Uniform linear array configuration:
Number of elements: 48
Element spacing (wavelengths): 1
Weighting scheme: uniform
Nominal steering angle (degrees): -60
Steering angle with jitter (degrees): -59.494
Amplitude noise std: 0.05
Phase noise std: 0.05

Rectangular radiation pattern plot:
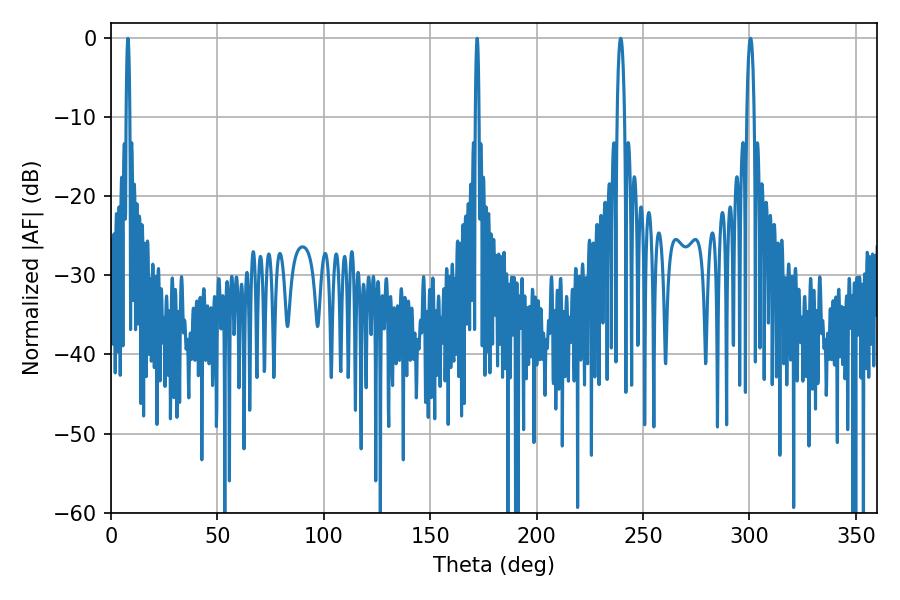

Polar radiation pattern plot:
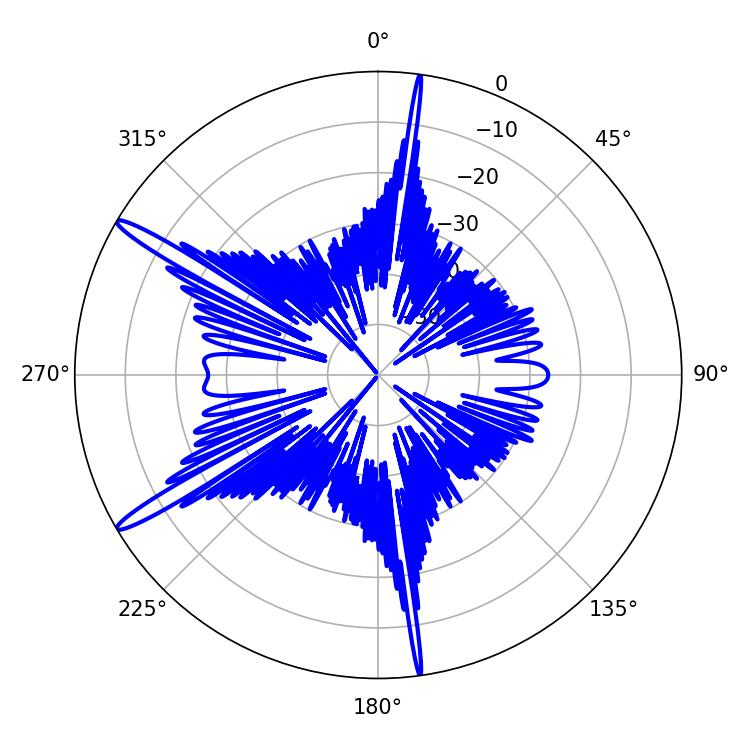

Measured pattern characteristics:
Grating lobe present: TRUE
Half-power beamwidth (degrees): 0.9
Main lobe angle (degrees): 7.92